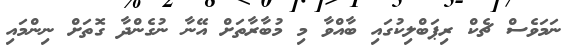
ނަމަވެސް ޗެކް ރިޕަބްލިކުގައި ބާއްވާ މި މުބާރާތަށް އޭނާ ނުގެންދާ ގޮތަށް ނިންމައި